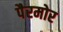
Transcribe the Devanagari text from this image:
पैरमोर